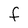
Character: F